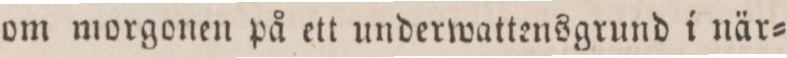
om morgonen på ett underwattensgrund i när=